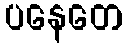
ပနေတေ